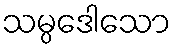
သမ္ပဒေါသော